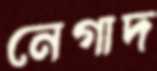
নেগাদ